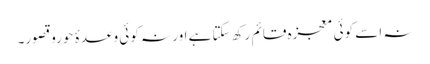
نہ اسے کوئی معجزہ قائم رکھ سکتا ہے اور نہ کوئی وعدۂ حوروقصور۔